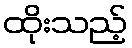
ထိုးသည့်